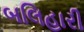
બલિહારી